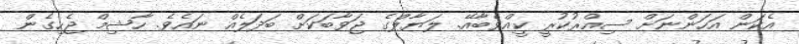
އެކަން އަހަންނަށް ސިއްރުކުރީ ކީއްވެބާއޭ. ލަޔާލްގެ ޖަވާބަކަށް ބަދަލެއް ނައެވެ. ހާޝިމް ޖެހިގެން